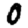
Digit: 0